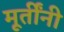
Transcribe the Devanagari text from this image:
मूर्तींनी